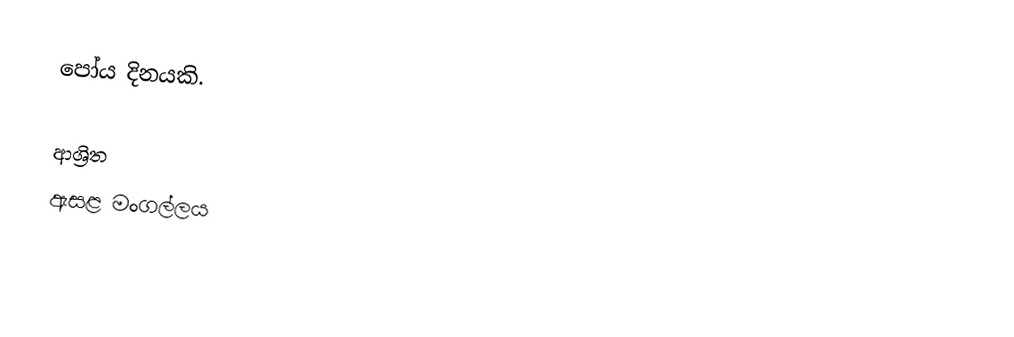
පෝය දිනයකි.

ආශ්‍රිත
 ඇසළ මංගල්ලය